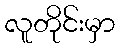
လူတိုင်းမှာ